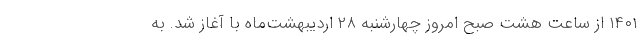
۱۴۰۱ از ساعت هشت صبح امروز چهارشنبه ۲۸ اردیبهشت‌ماه با آغاز شد. به